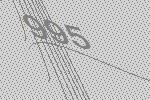
995